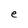
Character: e